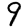
Digit: 9